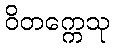
ဝိတက္ကေသု